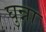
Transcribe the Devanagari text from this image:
घुन्ना